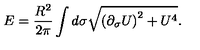
E = \frac { R ^ { 2 } } { 2 \pi } \int d \sigma \sqrt { \left( \partial _ { \sigma } U \right) ^ { 2 } + U ^ { 4 } } .